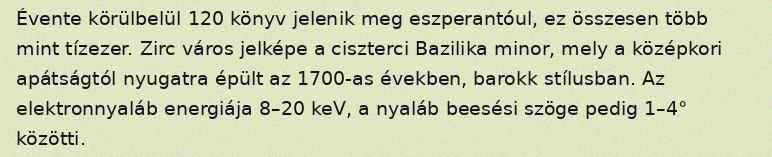
Évente körülbelül 120 könyv jelenik meg eszperantóul, ez összesen több mint tízezer. Zirc város jelképe a ciszterci Bazilika minor, mely a középkori apátságtól nyugatra épült az 1700-as években, barokk stílusban. Az elektronnyaláb energiája 8–20 keV, a nyaláb beesési szöge pedig 1–4° közötti.